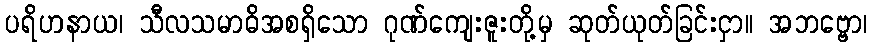
ပရိဟနာယ၊ သီလသမာဓိအစရှိသော ဂုဏ်ကျေးဇူးတို့မှ ဆုတ်ယုတ်ခြင်းငှာ။ အဘဗ္ဗော၊